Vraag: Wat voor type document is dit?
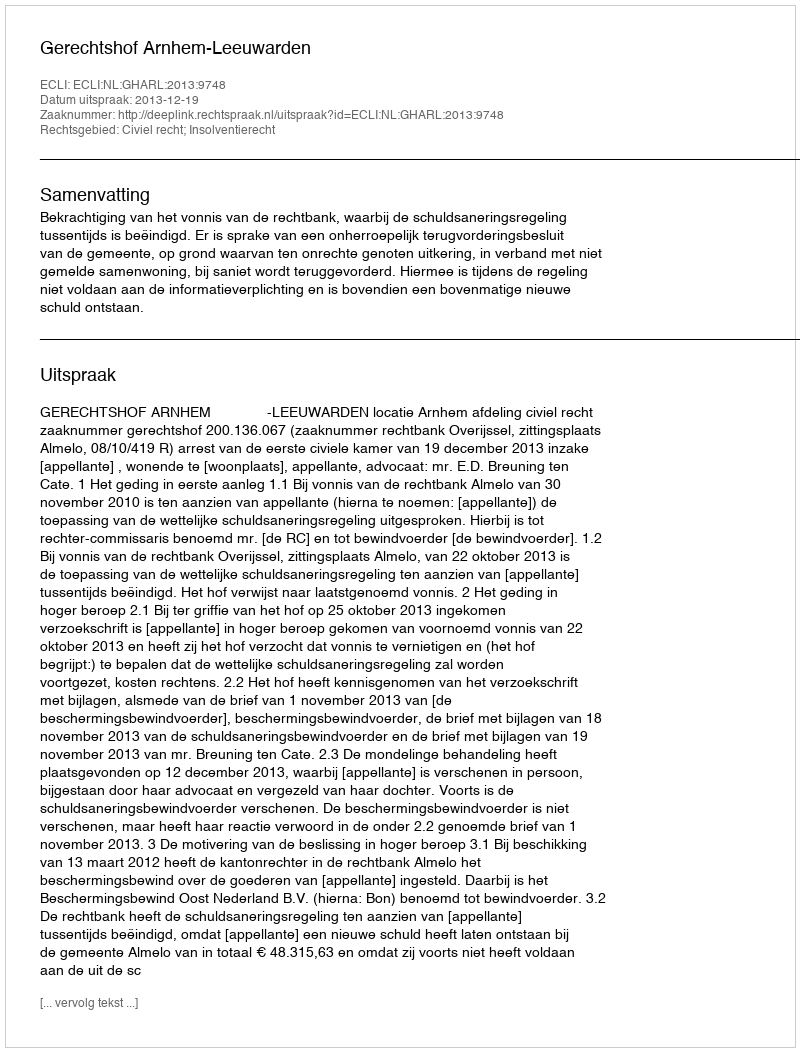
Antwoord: Uitspraak